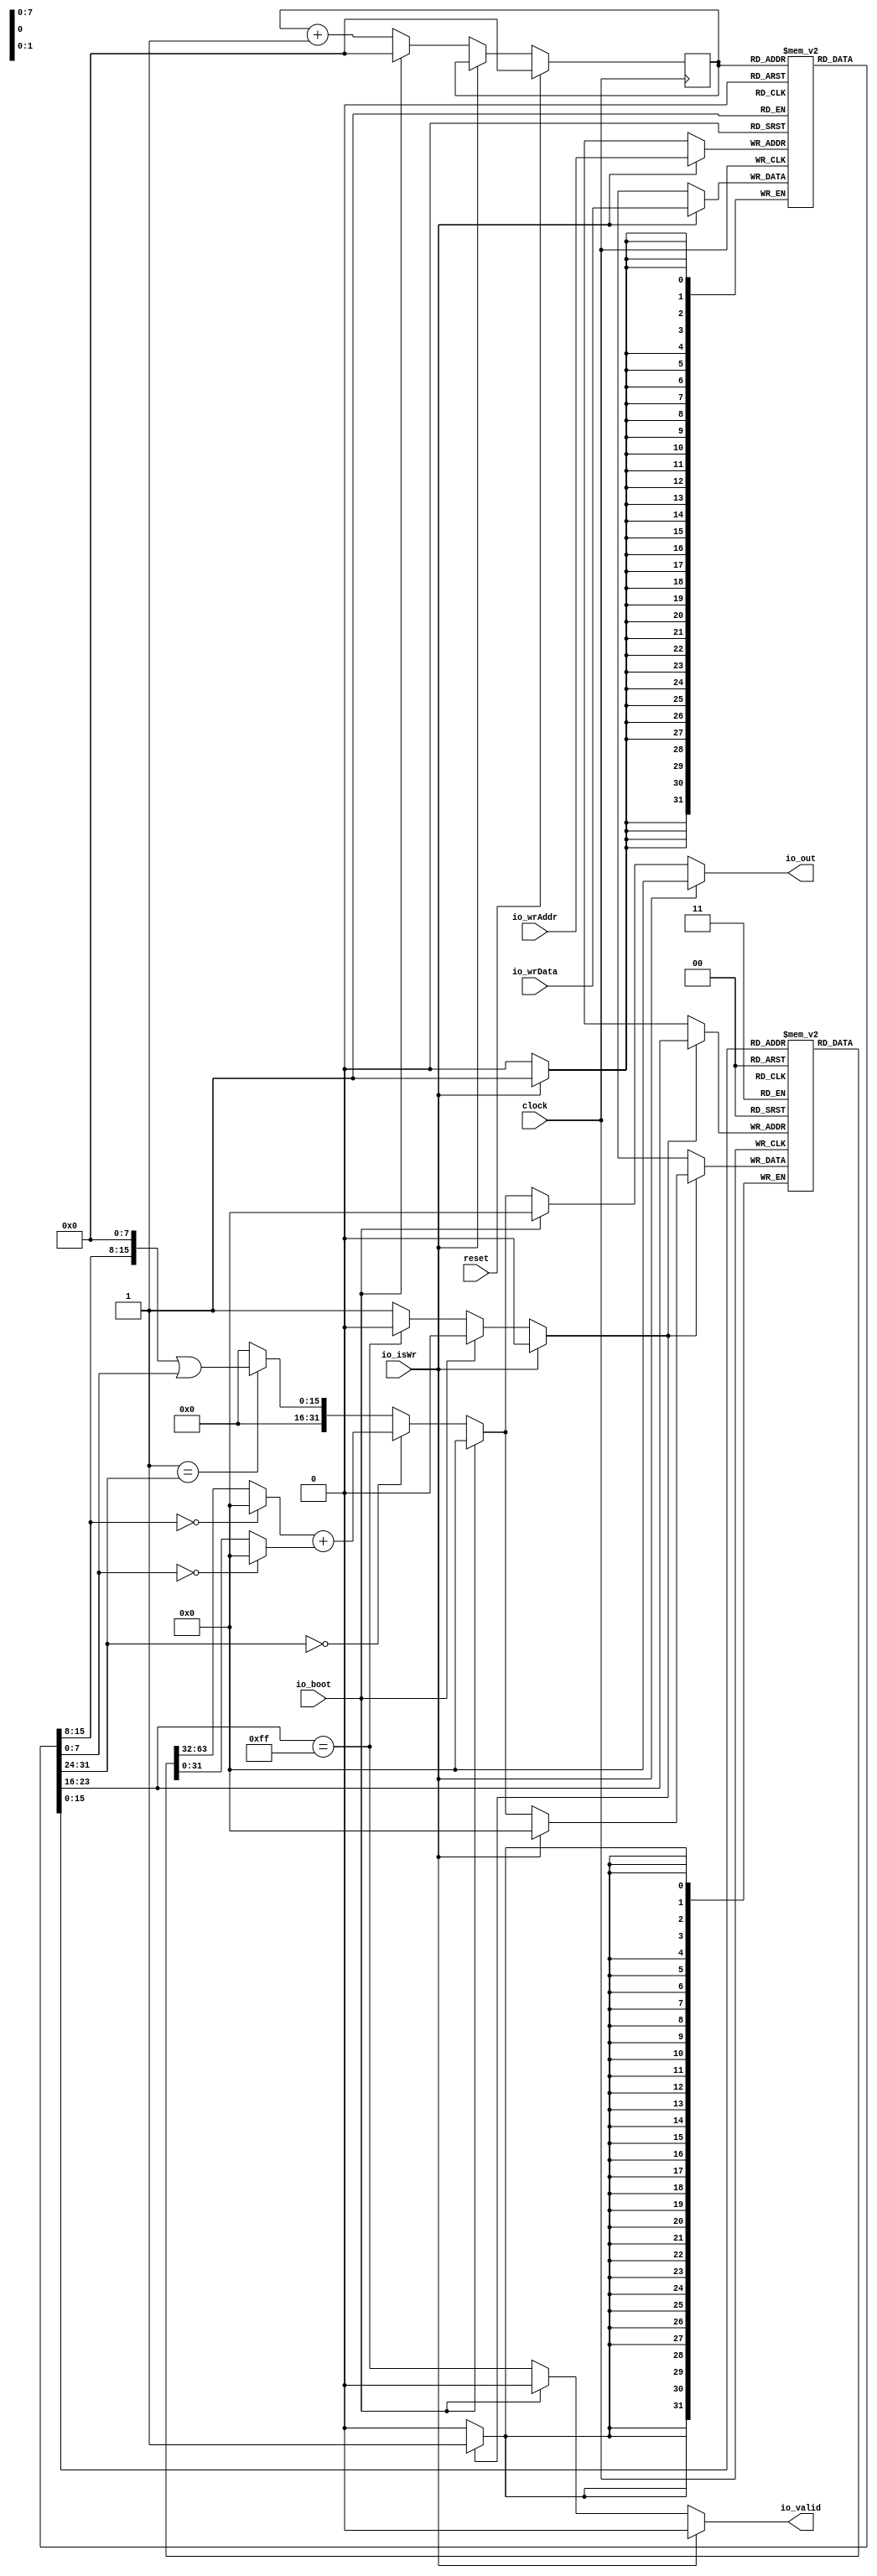
module Risc(
  input         clock,
  input         reset,
  input         io_isWr,
  input  [7:0]  io_wrAddr,
  input  [31:0] io_wrData,
  input         io_boot,
  output        io_valid,
  output [31:0] io_out
);
`ifdef RANDOMIZE_MEM_INIT
  reg [31:0] _RAND_0;
  reg [31:0] _RAND_1;
`endif // RANDOMIZE_MEM_INIT
`ifdef RANDOMIZE_REG_INIT
  reg [31:0] _RAND_2;
`endif // RANDOMIZE_REG_INIT
  reg [31:0] file [0:255]; // @[Risc.scala 16:17]
  wire [31:0] file__T_1_data; // @[Risc.scala 16:17]
  wire [7:0] file__T_1_addr; // @[Risc.scala 16:17]
  wire [31:0] file__T_3_data; // @[Risc.scala 16:17]
  wire [7:0] file__T_3_addr; // @[Risc.scala 16:17]
  wire [31:0] file__T_12_data; // @[Risc.scala 16:17]
  wire [7:0] file__T_12_addr; // @[Risc.scala 16:17]
  wire  file__T_12_mask; // @[Risc.scala 16:17]
  wire  file__T_12_en; // @[Risc.scala 16:17]
  reg [31:0] code [0:255]; // @[Risc.scala 17:17]
  wire [31:0] code_inst_data; // @[Risc.scala 17:17]
  wire [7:0] code_inst_addr; // @[Risc.scala 17:17]
  wire [31:0] code__T_4_data; // @[Risc.scala 17:17]
  wire [7:0] code__T_4_addr; // @[Risc.scala 17:17]
  wire  code__T_4_mask; // @[Risc.scala 17:17]
  wire  code__T_4_en; // @[Risc.scala 17:17]
  reg [7:0] pc; // @[Risc.scala 18:21]
  wire [7:0] op = code_inst_data[31:24]; // @[Risc.scala 23:18]
  wire [7:0] rci = code_inst_data[23:16]; // @[Risc.scala 24:18]
  wire [7:0] rai = code_inst_data[15:8]; // @[Risc.scala 25:18]
  wire [7:0] rbi = code_inst_data[7:0]; // @[Risc.scala 26:18]
  wire  _T = rai == 8'h0; // @[Risc.scala 28:20]
  wire [31:0] ra = _T ? 32'h0 : file__T_1_data; // @[Risc.scala 28:15]
  wire  _T_2 = rbi == 8'h0; // @[Risc.scala 29:20]
  wire [31:0] rb = _T_2 ? 32'h0 : file__T_3_data; // @[Risc.scala 29:15]
  wire  _T_5 = 8'h0 == op; // @[Conditional.scala 37:30]
  wire [31:0] _T_7 = ra + rb; // @[Risc.scala 42:29]
  wire  _T_8 = 8'h1 == op; // @[Conditional.scala 37:30]
  wire [15:0] _GEN_31 = {rai, 8'h0}; // @[Risc.scala 43:31]
  wire [22:0] _T_9 = {{7'd0}, _GEN_31}; // @[Risc.scala 43:31]
  wire [22:0] _GEN_32 = {{15'd0}, rbi}; // @[Risc.scala 43:39]
  wire [22:0] _T_10 = _T_9 | _GEN_32; // @[Risc.scala 43:39]
  wire [22:0] _GEN_0 = _T_8 ? _T_10 : 23'h0; // @[Conditional.scala 39:67]
  wire [31:0] _GEN_1 = _T_5 ? _T_7 : {{9'd0}, _GEN_0}; // @[Conditional.scala 40:58]
  wire  _T_11 = rci == 8'hff; // @[Risc.scala 46:15]
  wire  _GEN_5 = _T_11 ? 1'h0 : 1'h1; // @[Risc.scala 46:26]
  wire [31:0] _GEN_9 = io_boot ? 32'h0 : _GEN_1; // @[Risc.scala 38:25]
  wire [31:0] rc = io_isWr ? 32'h0 : _GEN_9; // @[Risc.scala 36:18]
  wire [7:0] _T_14 = pc + 8'h1; // @[Risc.scala 51:14]
  wire [31:0] _GEN_10 = io_boot ? 32'h0 : rc; // @[Risc.scala 38:25]
  wire  _GEN_11 = io_boot ? 1'h0 : _T_11; // @[Risc.scala 38:25]
  wire  _GEN_14 = io_boot ? 1'h0 : _GEN_5; // @[Risc.scala 38:25]
  assign file__T_1_addr = code_inst_data[15:8];
  assign file__T_1_data = file[file__T_1_addr]; // @[Risc.scala 16:17]
  assign file__T_3_addr = code_inst_data[7:0];
  assign file__T_3_data = file[file__T_3_addr]; // @[Risc.scala 16:17]
  assign file__T_12_data = io_isWr ? 32'h0 : _GEN_9;
  assign file__T_12_addr = code_inst_data[23:16];
  assign file__T_12_mask = 1'h1;
  assign file__T_12_en = io_isWr ? 1'h0 : _GEN_14;
  assign code_inst_addr = pc;
  assign code_inst_data = code[code_inst_addr]; // @[Risc.scala 17:17]
  assign code__T_4_data = io_wrData;
  assign code__T_4_addr = io_wrAddr;
  assign code__T_4_mask = 1'h1;
  assign code__T_4_en = io_isWr;
  assign io_valid = io_isWr ? 1'h0 : _GEN_11; // @[Risc.scala 32:12 Risc.scala 47:16]
  assign io_out = io_isWr ? 32'h0 : _GEN_10; // @[Risc.scala 33:12 Risc.scala 45:12]
`ifdef RANDOMIZE_GARBAGE_ASSIGN
`define RANDOMIZE
`endif
`ifdef RANDOMIZE_INVALID_ASSIGN
`define RANDOMIZE
`endif
`ifdef RANDOMIZE_REG_INIT
`define RANDOMIZE
`endif
`ifdef RANDOMIZE_MEM_INIT
`define RANDOMIZE
`endif
`ifndef RANDOM
`define RANDOM $random
`endif
`ifdef RANDOMIZE_MEM_INIT
  integer initvar;
`endif
`ifndef SYNTHESIS
`ifdef FIRRTL_BEFORE_INITIAL
`FIRRTL_BEFORE_INITIAL
`endif
initial begin
  `ifdef RANDOMIZE
    `ifdef INIT_RANDOM
      `INIT_RANDOM
    `endif
    `ifndef VERILATOR
      `ifdef RANDOMIZE_DELAY
        #`RANDOMIZE_DELAY begin end
      `else
        #0.002 begin end
      `endif
    `endif
`ifdef RANDOMIZE_MEM_INIT
  _RAND_0 = {1{`RANDOM}};
  for (initvar = 0; initvar < 256; initvar = initvar+1)
    file[initvar] = _RAND_0[31:0];
  _RAND_1 = {1{`RANDOM}};
  for (initvar = 0; initvar < 256; initvar = initvar+1)
    code[initvar] = _RAND_1[31:0];
`endif // RANDOMIZE_MEM_INIT
`ifdef RANDOMIZE_REG_INIT
  _RAND_2 = {1{`RANDOM}};
  pc = _RAND_2[7:0];
`endif // RANDOMIZE_REG_INIT
  `endif // RANDOMIZE
end // initial
`ifdef FIRRTL_AFTER_INITIAL
`FIRRTL_AFTER_INITIAL
`endif
`endif // SYNTHESIS
  always @(posedge clock) begin
    if(file__T_12_en & file__T_12_mask) begin
      file[file__T_12_addr] <= file__T_12_data; // @[Risc.scala 16:17]
    end
    if(code__T_4_en & code__T_4_mask) begin
      code[code__T_4_addr] <= code__T_4_data; // @[Risc.scala 17:17]
    end
    if (reset) begin
      pc <= 8'h0;
    end else if (!(io_isWr)) begin
      if (io_boot) begin
        pc <= 8'h0;
      end else begin
        pc <= _T_14;
      end
    end
  end
endmodule